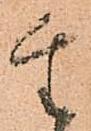
生